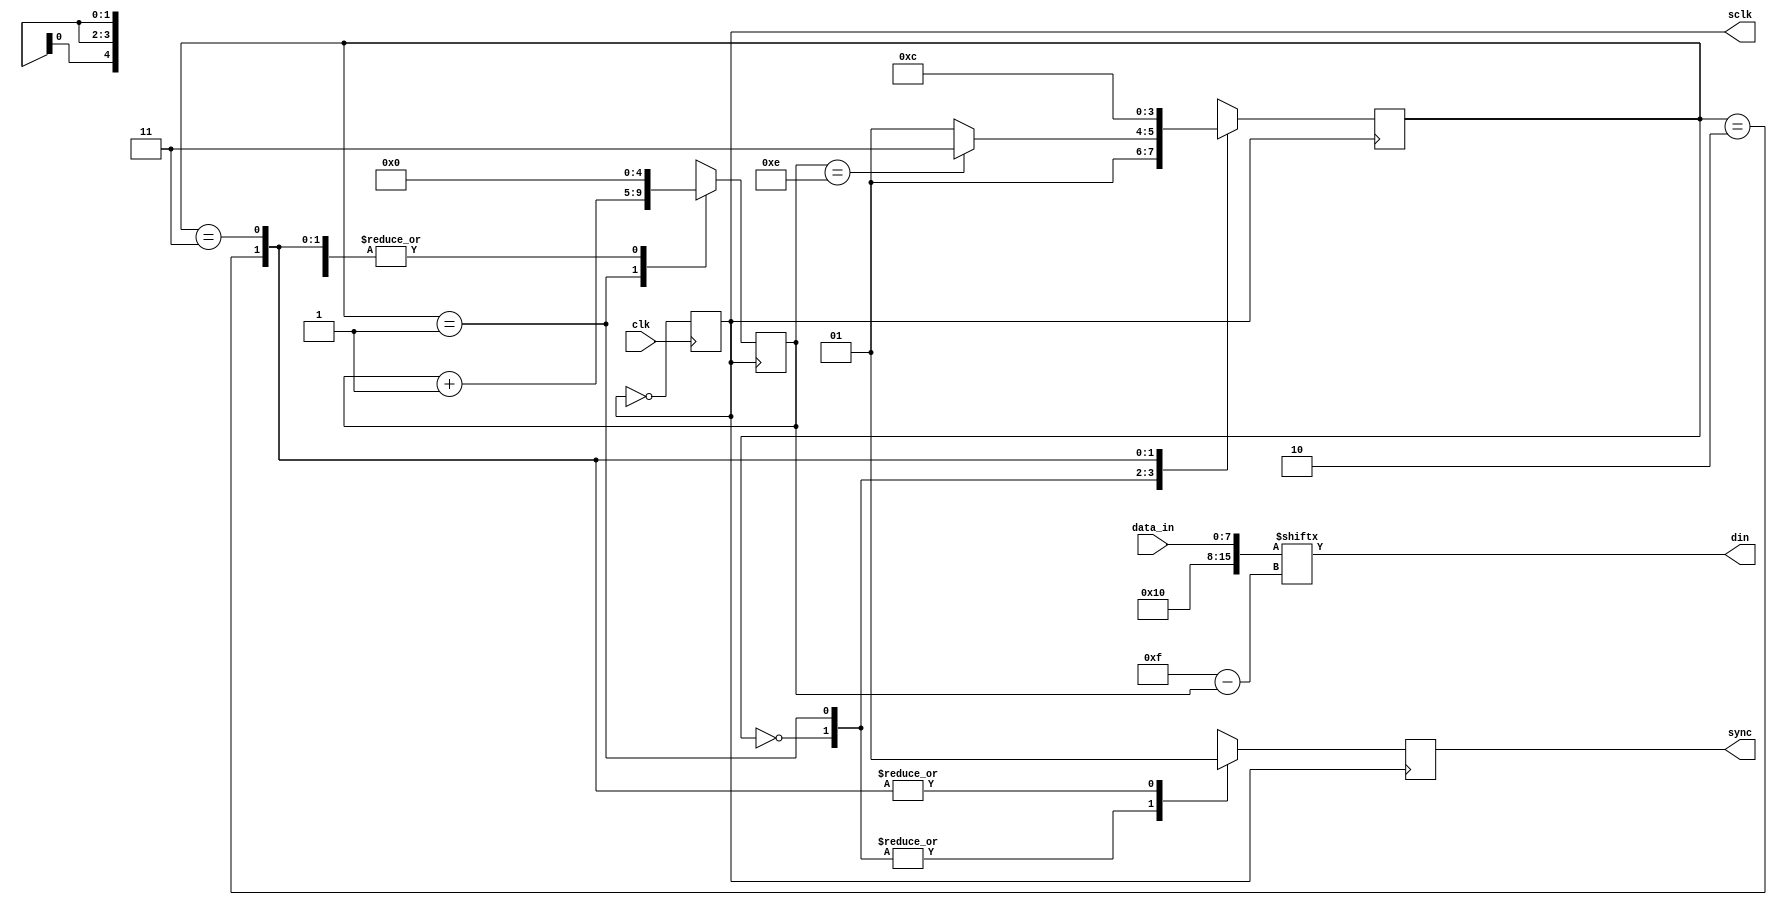
`timescale 1ns / 1ps
//////////////////////////////////////////////////////////////////////////////////
// Company: 
// Engineer: 
// 
// Design Name: 
// Module Name:    dac_con 
// Project Name: 
// Target Devices: 
// Tool versions: 
// Description: 
//
// Dependencies: 
//
// Revision: 
// Revision 0.01 - File Created
// Additional Comments: 
//
//////////////////////////////////////////////////////////////////////////////////
module dac_con(//D/A
	input clk, //50MHz
	input [7:0] data_in, //
	output wire din, //
	output reg sync, //
	output reg sclk //
   );

reg [1:0] state; //
wire [15:0] data_out; //
reg [4:0] j=0; //

initial begin //
	sclk<=0; //sclk0
	sync<=1; //sync1
	state<=2'b00; //
end

always@(posedge clk) //50MHzsclk
	sclk<=~sclk;
	
always@(negedge sclk) //always	
	case(state) //
	2'b00:begin sync<=0;j<=0;state<=2'b01;end	
	2'b01:begin sync<=0;j<=j+1;state<=(j==14)?2'b11:2'b01;end	
	2'b10:begin sync<=1;j<=0;state<=2'b11;end
	2'b11:begin sync<=1;j<=0;state<=2'b00;end
endcase

assign din=data_out[15-j]; //din
assign data_out[7:0]=data_in; //
assign data_out[15:8]=8'b00010000; //
endmodule